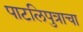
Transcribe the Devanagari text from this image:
पाटलिपुत्राचा